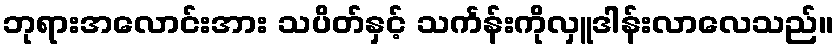
ဘုရားအလောင်းအား သပိတ်နှင့် သင်္ကန်းကိုလှူဒါန်းလာလေသည်။